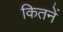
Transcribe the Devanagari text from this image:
कितनें